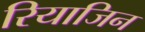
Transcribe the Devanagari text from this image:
रियाजिन